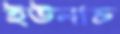
ইউনাচ